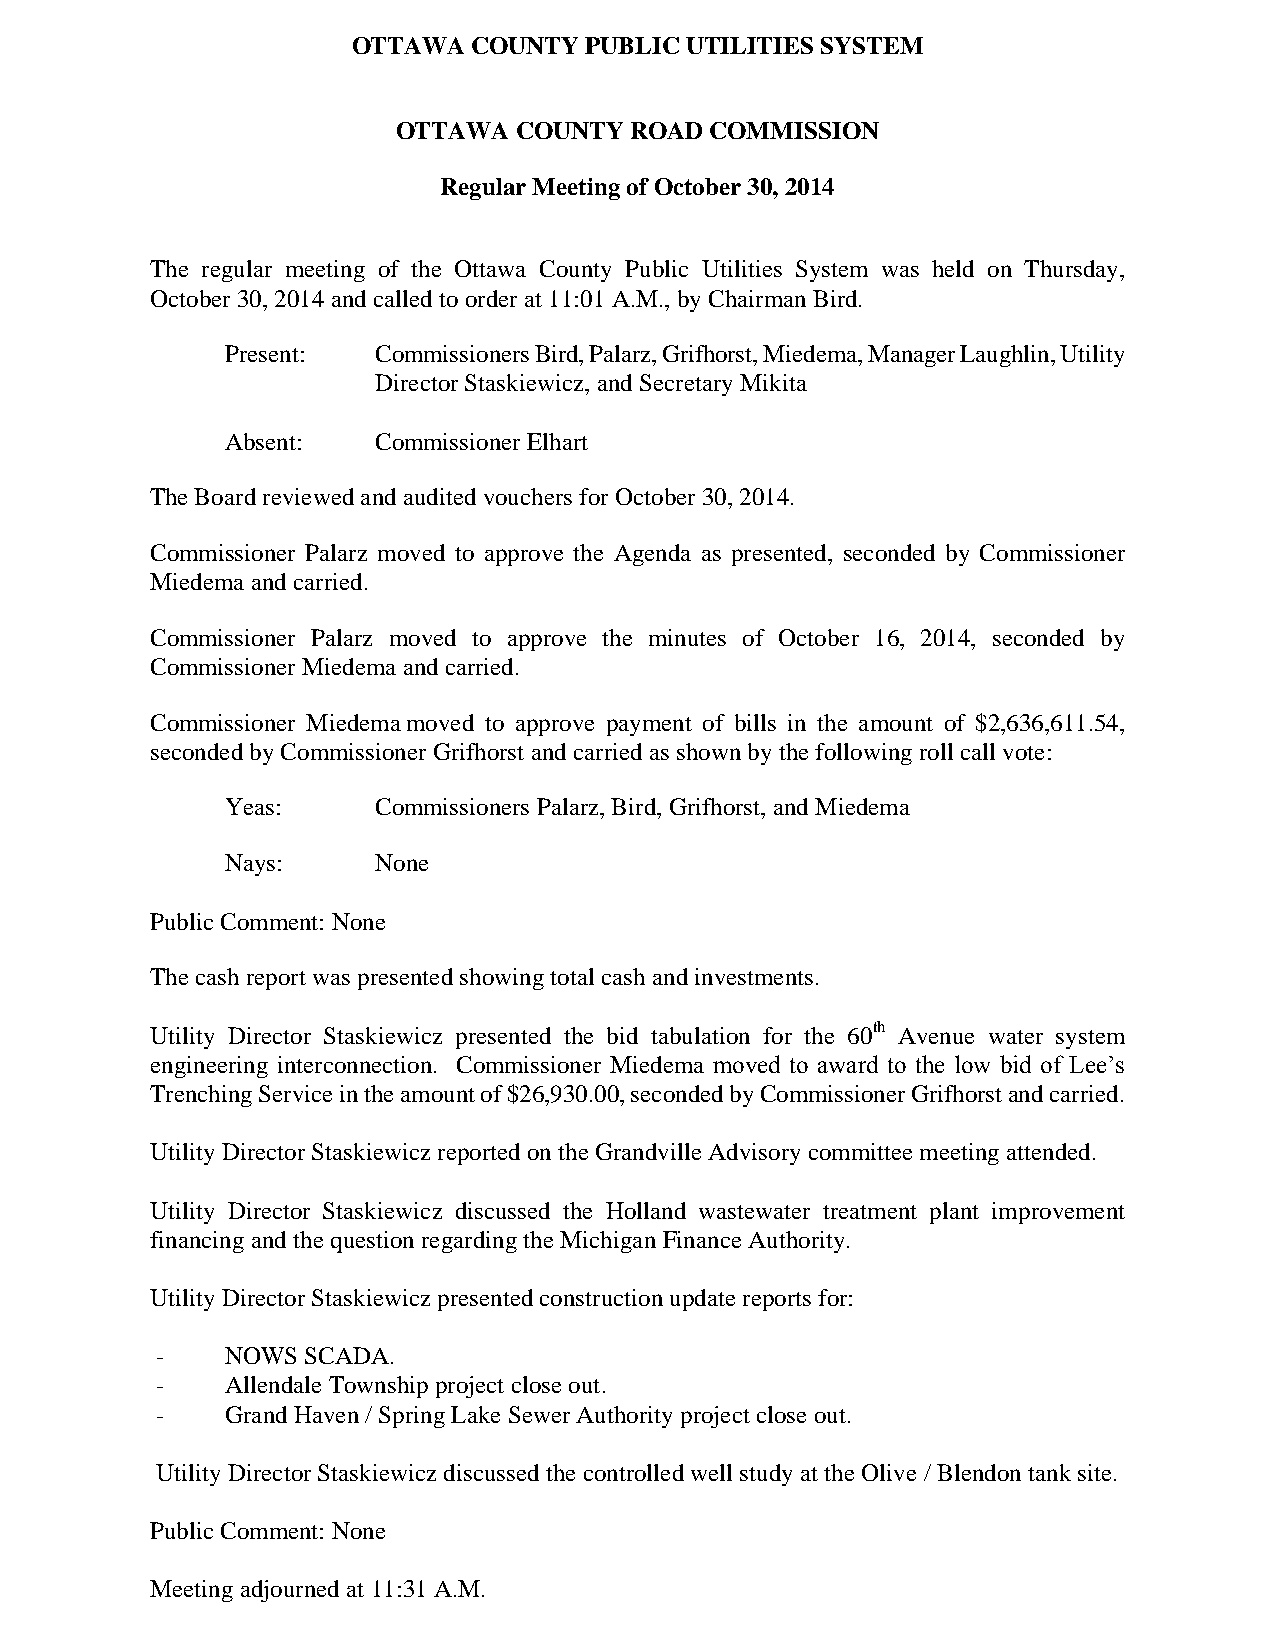
OTTAWA  COUNTY  PUBLIC UTILITIES SYSTEM
 OTTAWA  COUNTY  ROAD COMMISSION
 Regular Meeting of October 30, 2014
 The regular meeting of the Ottawa County Public Utilities System was held on Thursday,
 October 30, 2014 and called to order at 11:01 A.M., by Chairman Bird.
 Present:  Commissioners Bird, Palarz, Grifhorst, Miedema, Manager Laughlin, Utility
 Director Staskiewicz, and Secretary Mikita
 Absent:   Commissioner Elhart
 The Board reviewed and audited vouchers for October 30, 2014.
 Commissioner Palarz moved to approve the Agenda as presented, seconded by Commissioner
 Miedema and carried.
 Commissioner Palarz moved to approve the minutes of October 16, 2014, seconded by
 Commissioner Miedema and carried.
 Commissioner Miedema moved to approve payment of bills in the amount of $2,636,611.54,
 seconded by Commissioner Grifhorst and carried as shown by the following roll call vote:
 Yeas:     Commissioners Palarz, Bird, Grifhorst, and Miedema
 Nays:     None
 Public Comment: None
 The cash report was presented showing total cash and investments.
 Utility Director Staskiewicz presented the bid tabulation for the 60th Avenue water system
 engineering interconnection. Commissioner Miedema moved to award to the low bid of Lee’s
 Trenching Service in the amount of $26,930.00, seconded by Commissioner Grifhorst and carried.
 Utility Director Staskiewicz reported on the Grandville Advisory committee meeting attended.
 Utility Director Staskiewicz discussed the Holland wastewater treatment plant improvement
 financing and the question regarding the Michigan Finance Authority.
 Utility Director Staskiewicz presented construction update reports for:
 -    NOWS SCADA.
 -    Allendale Township project close out.
 -    Grand Haven / Spring Lake Sewer Authority project close out.
 Utility Director Staskiewicz discussed the controlled well study at the Olive / Blendon tank site.
 Public Comment: None
 Meeting adjourned at 11:31 A.M.